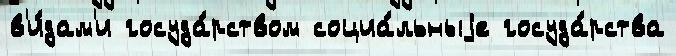
в'и́дам'и госуда́рством социа́льныjе госуда́рства